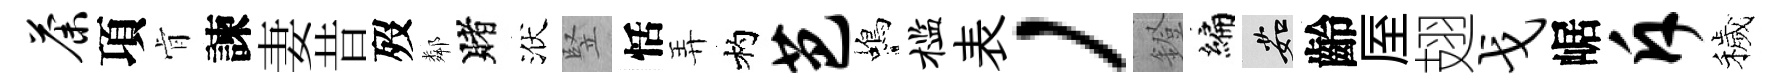
荼項肻諫妻昔歿鄰賭洑竪恬弄杓芭蝎槛表，鐙编茹齡厔翅戈崌斥穢